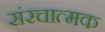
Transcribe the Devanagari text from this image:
संरचात्मक